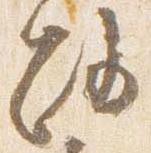
路